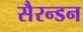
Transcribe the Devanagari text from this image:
सैरन्डन